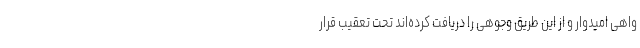
واهی امیدوار و از این طریق وجوهی را دریافت کرده‌اند تحت‌ تعقیب قرار